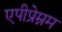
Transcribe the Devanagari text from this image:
एपीप्रेम्नम